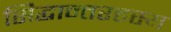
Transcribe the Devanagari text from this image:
सिद्धान्तरहस्य